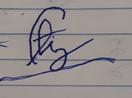
Signature authenticity: forged